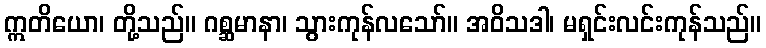
ဣတိယော၊ တို့သည်။ ဂစ္ဆမာနာ၊ သွားကုန်လသော်။ အဝိသဒါ၊ မရှင်းလင်းကုန်သည်။